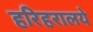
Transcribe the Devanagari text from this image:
हरिहरालये